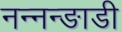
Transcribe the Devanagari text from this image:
नन्नन्ङाडी